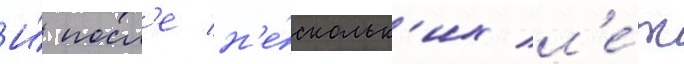
И́ посл'е н'е́скольк'их л'е́т